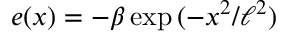
e ( x ) = - \beta \exp { ( - x ^ { 2 } / \ell ^ { 2 } ) }